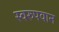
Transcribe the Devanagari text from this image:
स्वरुपवान